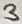
Text: 3